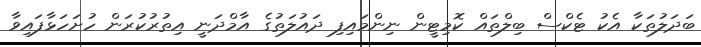
ބަދަލުތަކާ އެކު ޓެކްސް ބިލްތައް ކޮމިޓީން ނިންމައިފި ދައުލަތުގެ އާމްދަނީ އިތުރުކުރަން ހުށަހަޅާފައިވާ